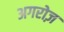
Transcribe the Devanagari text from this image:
अगरोज़